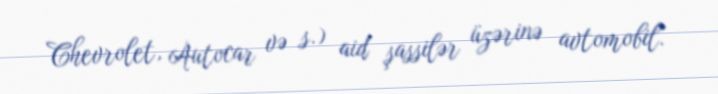
Chevrolet, Autocar və s.) aid şassilər üzərinə avtomobil.